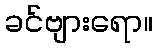
ခင်ဗျားရော။